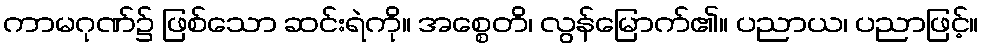
ကာမဂုဏ်၌ ဖြစ်သော ဆင်းရဲကို။ အစ္စေတိ၊ လွန်မြောက်၏။ ပညာယ၊ ပညာဖြင့်။